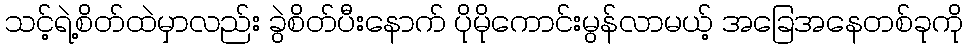
သင့်ရဲ့စိတ်ထဲမှာလည်း ခွဲစိတ်ပီးနောက် ပိုမိုကောင်းမွန်လာမယ့် အခြေအနေတစ်ခုကို